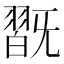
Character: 𣄹